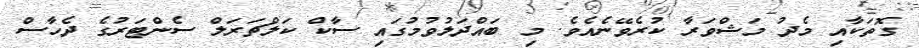
ގޮތަކާއި މެދު މަޝްވަރާ ކުރެވޭނެއެވެ. މި ބައްދަލުވުމުގައި ސާކް ކަލްޗަރަލް ސެންޓަރުގެ ދެހާސް